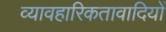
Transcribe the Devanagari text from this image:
व्यावहारिकतावादियों